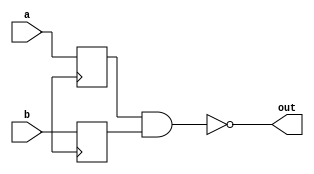
module nand_gate_with_delay (
    input a, 
    input b, 
    output reg out
);

reg a_sync, b_sync;

// Timing control and synchronization blocks
always @ (posedge clk) begin
    a_sync <= a;
    b_sync <= b;
end

// NAND gate operation with synchronized inputs
always @ (*) begin
    out = ~(a_sync & b_sync);
end

endmodule